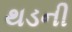
થડની